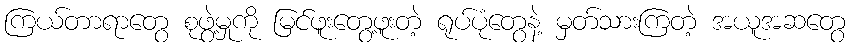
ကြယ်တာရာတွေ စုဖွဲ့မှုကို မြင်ဖူးတွေ့ဖူးတဲ့ ရုပ်ပုံတွေနဲ့ မှတ်သားကြတဲ့ အယူအဆတွေ